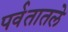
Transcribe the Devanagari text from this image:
पर्वतातले